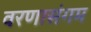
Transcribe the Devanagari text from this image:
वरणासंगम